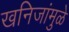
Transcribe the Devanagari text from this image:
खनिजांमुळे